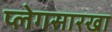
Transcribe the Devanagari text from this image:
प्लेगसारखा